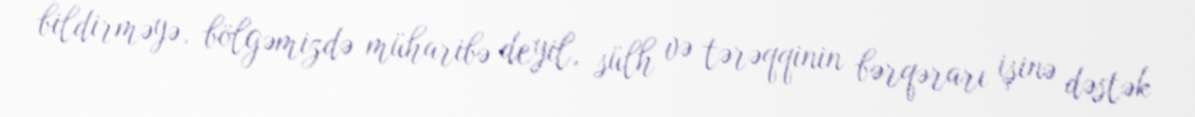
bildirməyə, bölgəmizdə müharibə deyil, sülh və tərəqqinin bərqərarı işinə dəstək